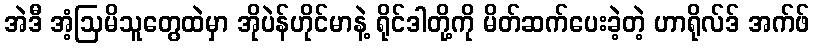
အဲဒီ အံ့ဩမိသူတွေထဲမှာ အိုပဲန်ဟိုင်မာနဲ့ ရိုင်ဒါတို့ကို မိတ်ဆက်ပေးခဲ့တဲ့ ဟာရိုလ်ဒ် အက်ဖ်